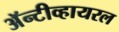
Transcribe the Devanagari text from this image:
अॅन्टीव्हायरल